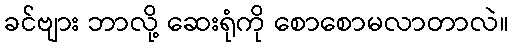
ခင်ဗျား ဘာလို့ ဆေးရုံကို စောစောမလာတာလဲ။